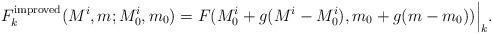
LaTeX: \begin{align*}F^{\rm improved}_{k}(M^i,m;M^i_0,m_0) = F(M^i_0 + g(M^i-M^i_0),m_0 +g(m-m_0))\Big|_k.\end{align*}